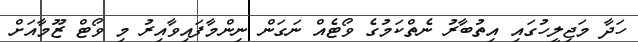
ހަދާ މަޖިލީހުގައި އިތުބާރު ނެތްކަމުގެ ވޯޓެއް ނަގަން ނިންމާފައިވާއިރު މި ވޯޓް ޒޫމާއަށް